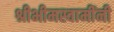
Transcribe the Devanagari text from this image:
श्रीभीमस्वामींनी